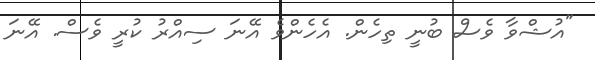
"އުޝްވާ ވެސް ބުނީ ތިހެން. އެހެންވެ އޭނަ ސިއްރު ކުރީ ވެސް. އޭނަ